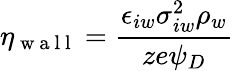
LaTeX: \eta_{\mathrm{~w~a~l~l~}}=\frac{\epsilon_{iw}\sigma_{iw}^{2}\rho_{w}}{ze\psi_{D}}